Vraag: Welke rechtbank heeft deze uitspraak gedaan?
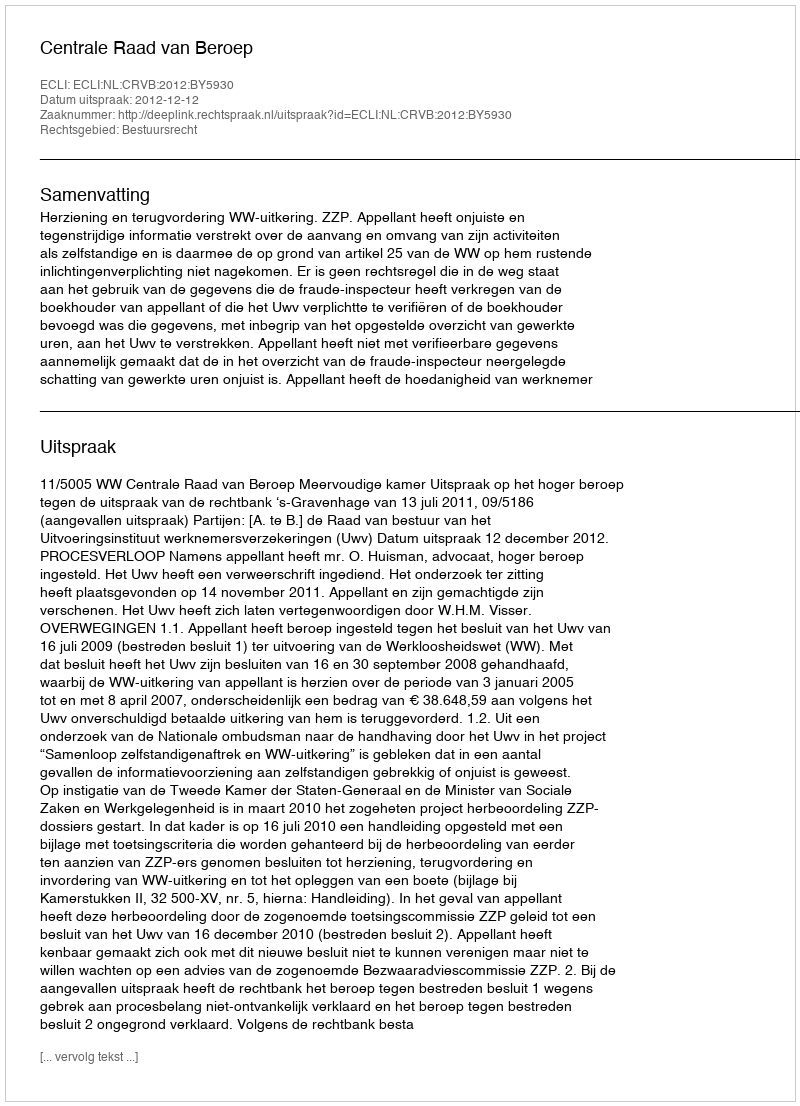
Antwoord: Centrale Raad van Beroep